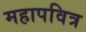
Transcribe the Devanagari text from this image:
महापवित्र